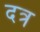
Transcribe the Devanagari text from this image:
दत्र